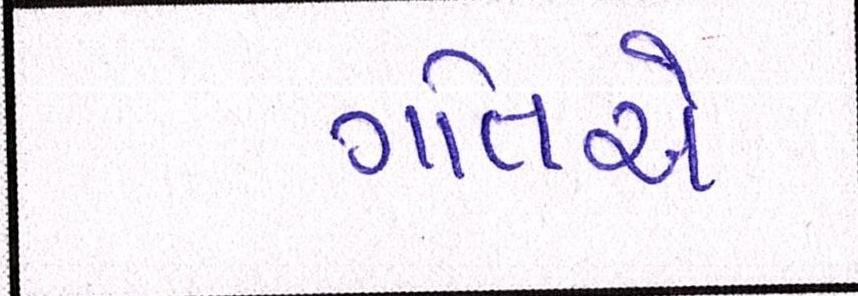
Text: ગતિએ